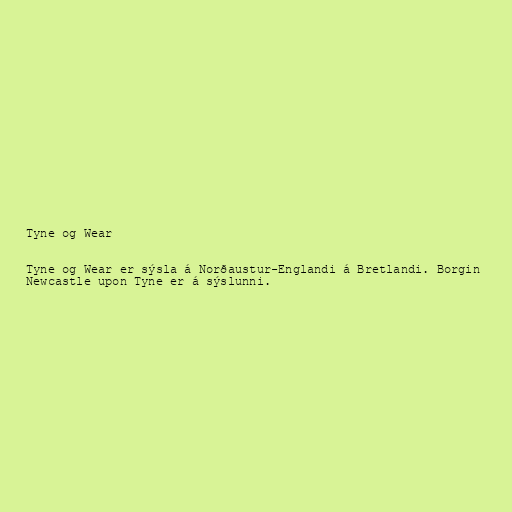
Tyne og Wear

Tyne og Wear er sýsla á Norðaustur-Englandi á Bretlandi. Borgin
Newcastle upon Tyne er á sýslunni.